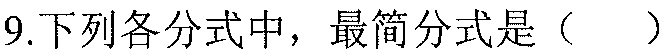
\(9.下列各分式中，最简分式是（  ）\)